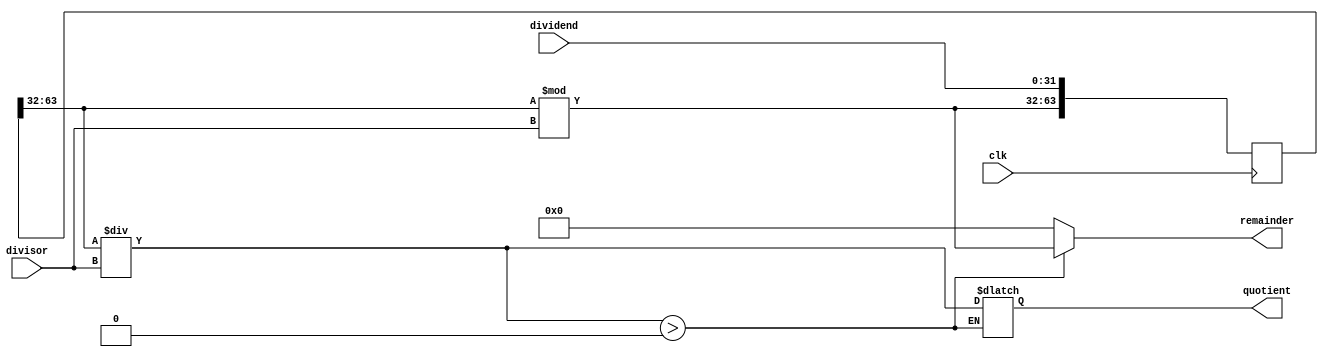
module pipelined_divider (
    input wire [31:0] dividend,
    input wire [31:0] divisor,
    input wire clk,
    output reg [31:0] quotient,
    output reg [31:0] remainder
);

reg [63:0] current_dividend;
reg [31:0] partial_quotient;
reg [31:0] partial_remainder;
reg [31:0] temp_remainder;

always @(posedge clk) begin
    current_dividend <= {partial_remainder, dividend};
end

always @* begin
    partial_quotient = current_dividend[63:32] / divisor;
    partial_remainder = current_dividend[63:32] % divisor;
    temp_remainder = partial_remainder << 32;

    if (partial_quotient > 0) begin
        quotient <= partial_quotient;
        remainder <= partial_remainder;
    end else begin
        quotient <= quotient;
        remainder <= temp_remainder;
    end
end

endmodule